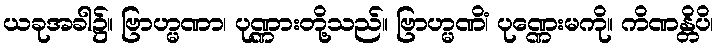
ယခုအခါ၌။ ဗြာဟ္မဏာ၊ ပုဏ္ဏားတို့သည်။ ဗြာဟ္မဏိံ၊ ပုဏ္ဏေးမကို။ ကိဏန္တိပိ၊